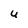
Character: U